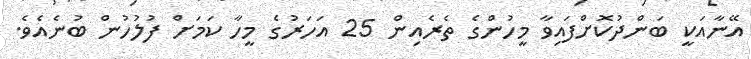
އޭނާއަކީ ބަންދުކޮށްފައިވާ މީހުންގެ ތެރެއިން 25 އަހަރުގެ މީހާ ކަމަށް ފުލުހުން ބުނެއެވެ.